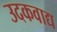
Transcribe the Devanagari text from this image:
उदकवाद्य